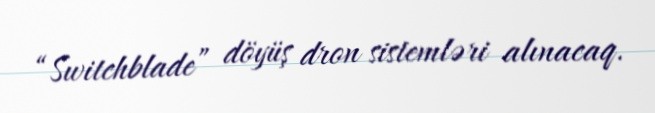
“Switchblade” döyüş dron sistemləri alınacaq.